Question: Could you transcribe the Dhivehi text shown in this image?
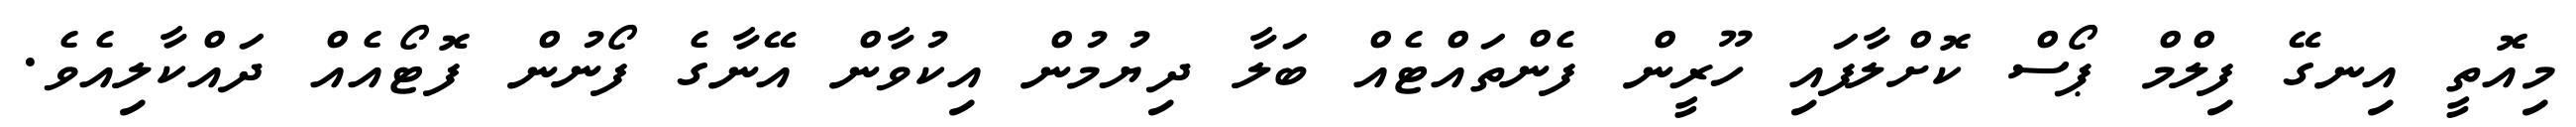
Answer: މިއޮތީ އިނގޭ ފިލްމް ޕޯސް ކޮށްލާފައި ހޫރީން ފެންތައްޓެއް ބަލާ ދިޔުމުން އިކުވާން އޭނާގެ ފޯނުން ފޮޓޯއެއް ދައްކާލިއެވެ.